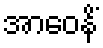
အာဝေနိံ